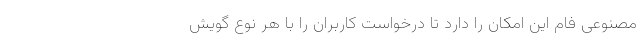
مصنوعی فام این امکان را دارد تا درخواست کاربران را با هر نوع گویش